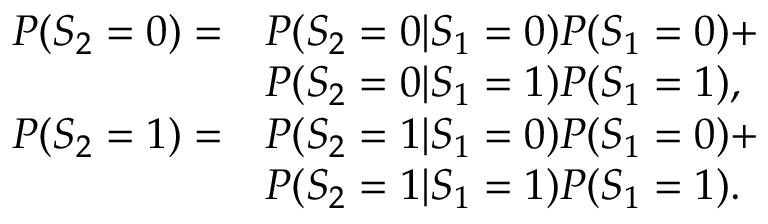
\begin{array} { r l } { P ( S _ { 2 } = 0 ) = } & { P ( S _ { 2 } = 0 | S _ { 1 } = 0 ) P ( S _ { 1 } = 0 ) + } \\ & { P ( S _ { 2 } = 0 | S _ { 1 } = 1 ) P ( S _ { 1 } = 1 ) , } \\ { P ( S _ { 2 } = 1 ) = } & { P ( S _ { 2 } = 1 | S _ { 1 } = 0 ) P ( S _ { 1 } = 0 ) + } \\ & { P ( S _ { 2 } = 1 | S _ { 1 } = 1 ) P ( S _ { 1 } = 1 ) . } \end{array}